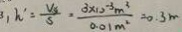
3 , h ^ { \prime } = \frac { V _ { s } } { S } = \frac { 3 \times 1 0 ^ { - 3 } m ^ { 3 } } { 0 . 0 1 m ^ { 2 } } = 0 . 3 m